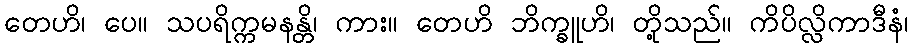
တေဟိ၊ ပေ။ သပရိက္ကမနန္တိ၊ ကား။ တေဟိ ဘိက္ခူဟိ၊ တို့သည်။ ကိပိလ္လိကာဒီနံ၊